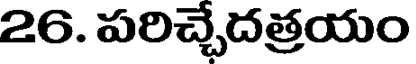
26. పరిచ్చెదత్రయం